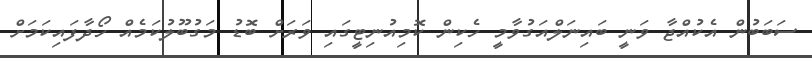
ސަބަބުން އެކުއްޖާ ވަނީ ބައިނަލްއަގުވާމީ ހެކިން ކޮމިއުނިޓީގައި ވަރަށް ބޮޑު މަގުބޫލުކަމެއް ހޯދާފައިކަމަށް